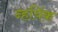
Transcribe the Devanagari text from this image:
न्हयिंक